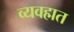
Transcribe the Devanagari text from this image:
व्यवह्मत